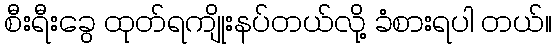
စီးရီးခွေ ထုတ်ရကျိုးနပ်တယ်လို့ ခံစားရပါ တယ်။